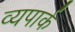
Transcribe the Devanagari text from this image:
व्यपार्क